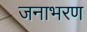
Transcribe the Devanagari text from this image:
जनाभरण